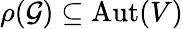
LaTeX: \rho(\mathcal{G})\subseteq{\mathrm{{Aut}}}(V)